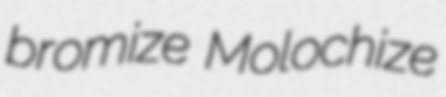
bromize Molochize